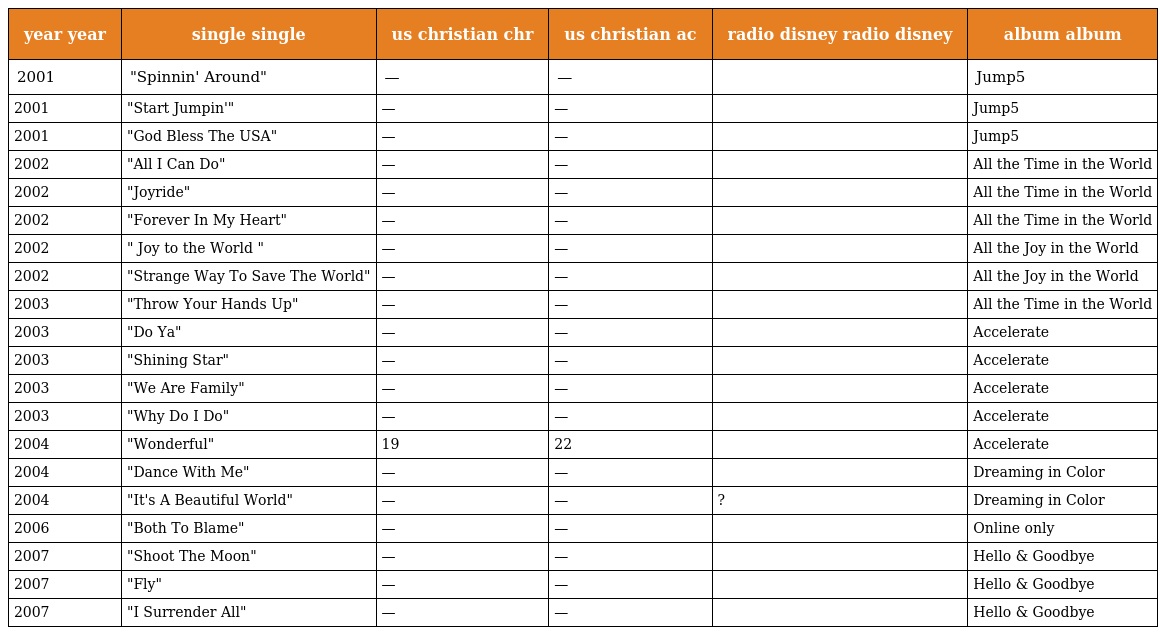
| year year | single single | us christian chr | us christian ac | radio disney radio disney | album album |
 | --- | --- | --- | --- | --- | --- |
 | 2001 | "Spinnin' Around" | — | — |  | Jump5 |
 | 2001 | "Start Jumpin'" | — | — |  | Jump5 |
 | 2001 | "God Bless The USA" | — | — |  | Jump5 |
 | 2002 | "All I Can Do" | — | — |  | All the Time in the World |
 | 2002 | "Joyride" | — | — |  | All the Time in the World |
 | 2002 | "Forever In My Heart" | — | — |  | All the Time in the World |
 | 2002 | " Joy to the World " | — | — |  | All the Joy in the World |
 | 2002 | "Strange Way To Save The World" | — | — |  | All the Joy in the World |
 | 2003 | "Throw Your Hands Up" | — | — |  | All the Time in the World |
 | 2003 | "Do Ya" | — | — |  | Accelerate |
 | 2003 | "Shining Star" | — | — |  | Accelerate |
 | 2003 | "We Are Family" | — | — |  | Accelerate |
 | 2003 | "Why Do I Do" | — | — |  | Accelerate |
 | 2004 | "Wonderful" | 19 | 22 |  | Accelerate |
 | 2004 | "Dance With Me" | — | — |  | Dreaming in Color |
 | 2004 | "It's A Beautiful World" | — | — | ? | Dreaming in Color |
 | 2006 | "Both To Blame" | — | — |  | Online only |
 | 2007 | "Shoot The Moon" | — | — |  | Hello & Goodbye |
 | 2007 | "Fly" | — | — |  | Hello & Goodbye |
 | 2007 | "I Surrender All" | — | — |  | Hello & Goodbye |